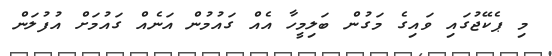
މި ޕެކޭޖުގައި ވައިގެ މަގުން ބަލިމީހާ އެއް ގައުމުން އަނެއް ގައުމަށް އުފުލަން